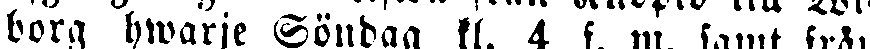
borg hwarje Söndag kl. 4 f. m. samt från